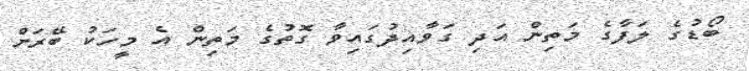
ބޯޑުގެ ލަފާގެ މަތިން އަދި ގަވާއިދުގައިވާ ގޮތުގެ މަތިން އެ މީހަކު ބޭރަށް